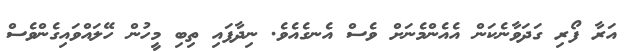
އަރާ ފޯރި ގަދަވާނެކަން އެއެންމެނަށް ވެސް އެނގެއެވެ. ނިދާފައި ތިބި މީހުން ހޭލައްވައިގެންވެސް